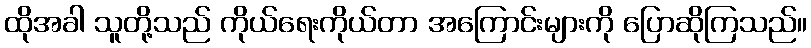
ထိုအခါ သူတို့သည် ကိုယ်ရေးကိုယ်တာ အကြောင်းများကို ပြောဆိုကြသည်။